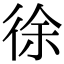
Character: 徐